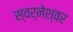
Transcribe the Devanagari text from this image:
स्वर्नेश्वर